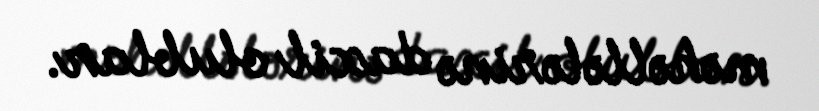
məhəllələrinə daxil olublar.